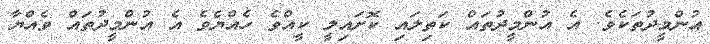
އުންމީދުތަކެވެ. އެ އުންމީދުތައް ކަތިލައި ކޮށައިލީ ކީއްވެ ހެއްޔެވެ އެ އުންމީދުތައް ވެއްޔާ